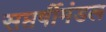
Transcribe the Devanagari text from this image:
सप्तर्षीमंडल